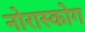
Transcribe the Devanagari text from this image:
नोरास्कोग